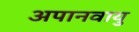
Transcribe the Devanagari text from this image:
अपानवायु